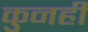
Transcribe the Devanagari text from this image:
कुनही